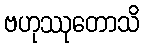
ဗဟုဿုတောသိ